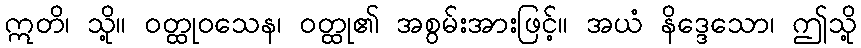
ဣတိ၊ သို့။ ဝတ္ထုဝသေန၊ ဝတ္ထု၏ အစွမ်းအားဖြင့်။ အယံ နိဒ္ဒေသော၊ ဤသို့